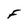
Character: F